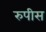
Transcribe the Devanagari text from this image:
रुपीस